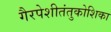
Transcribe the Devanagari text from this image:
गैरपेशीतंतुकोशिका